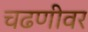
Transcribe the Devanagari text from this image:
चढणीवर